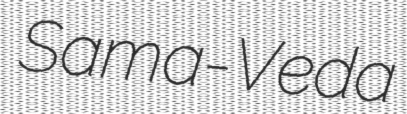
Sama-Veda